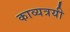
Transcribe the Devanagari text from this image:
काव्यत्रयी